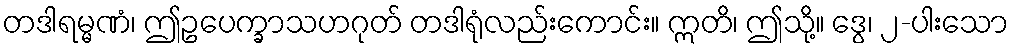
တဒါရမ္မဏံ၊ ဤဥပေက္ခာသဟဂုတ် တဒါရုံလည်းကောင်း။ ဣတိ၊ ဤသို့။ ဒွေ၊ ၂-ပါးသော